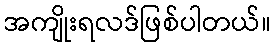
အကျိုးရလဒ်ဖြစ်ပါတယ်။